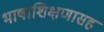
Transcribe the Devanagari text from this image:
भाषाशिक्षणासह